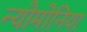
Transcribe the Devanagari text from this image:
न्योमोनिया